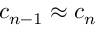
c _ { n - 1 } \approx c _ { n }